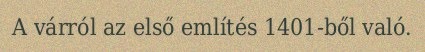
A várról az első említés 1401-ből való.